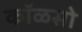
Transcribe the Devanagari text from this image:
कॉळसो